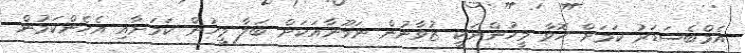
އެމްްބެސަޑަރު ކަމަށް ހޮވާ މީހުންނަކީ ޒުވާނުން ނަމޫނާއަކަށް ބަލާ މީހުން ކަމަށާއި އެހެންކަމުން